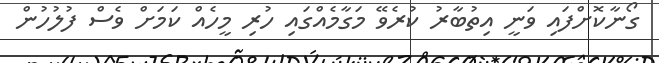
ގޯނާކޮށްފައި ވަނީ އިތުބާރު ކުރެވޭ މަގާމެއްގައި ހުރި މީހެއް ކަމަށް ވެސް ފުލުހުން